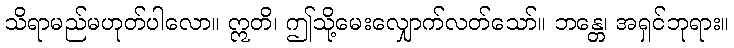
သိရာမည်မဟုတ်ပါလော။ ဣတိ၊ ဤသို့မေးလျှောက်လတ်သော်။ ဘန္တေ၊ အရှင်ဘုရား။